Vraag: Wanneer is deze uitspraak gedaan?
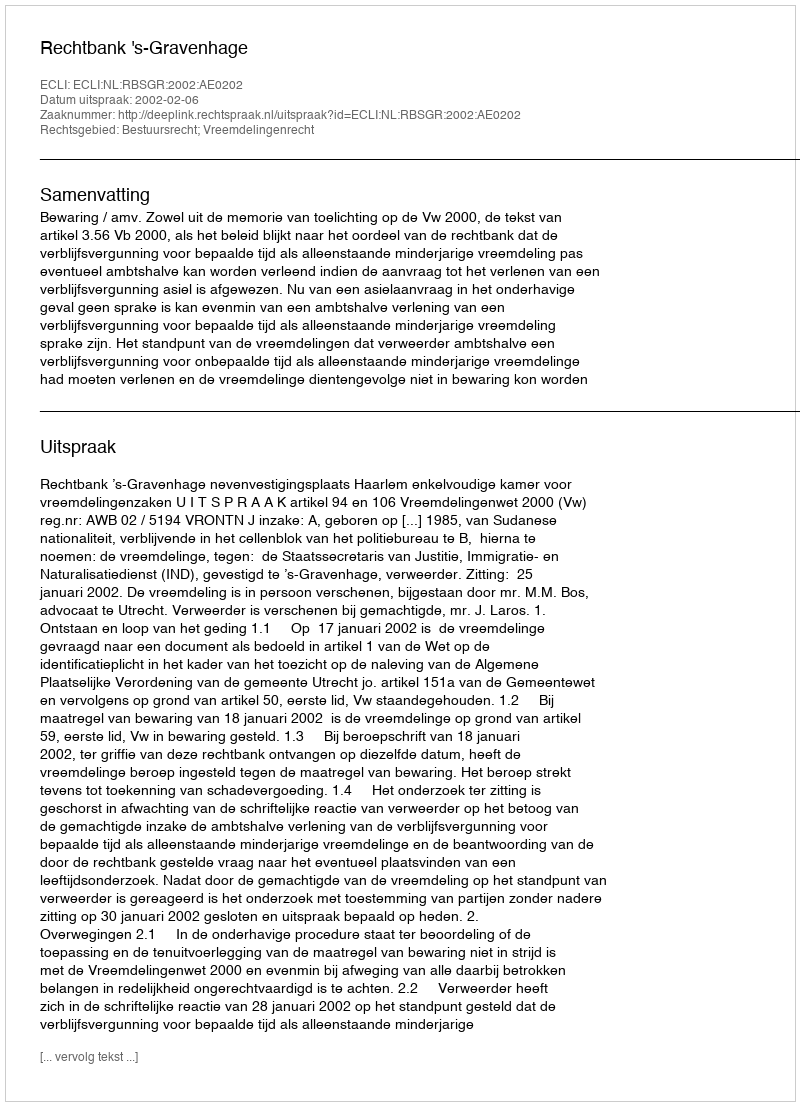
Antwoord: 2002-02-06